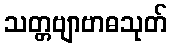
သတ္တဗျာဗာဓသုတ်